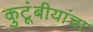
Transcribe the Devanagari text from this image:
कुटूंबीयांचा